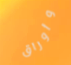
وأوراق